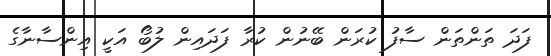
ފަދަ ތަންތަން ސާފު ކުރަން ބޭނުން ކުރާ ފަދައިން ލުބޯ އަކީ އިންސާނާގެ